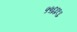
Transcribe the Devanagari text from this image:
५५६६९६